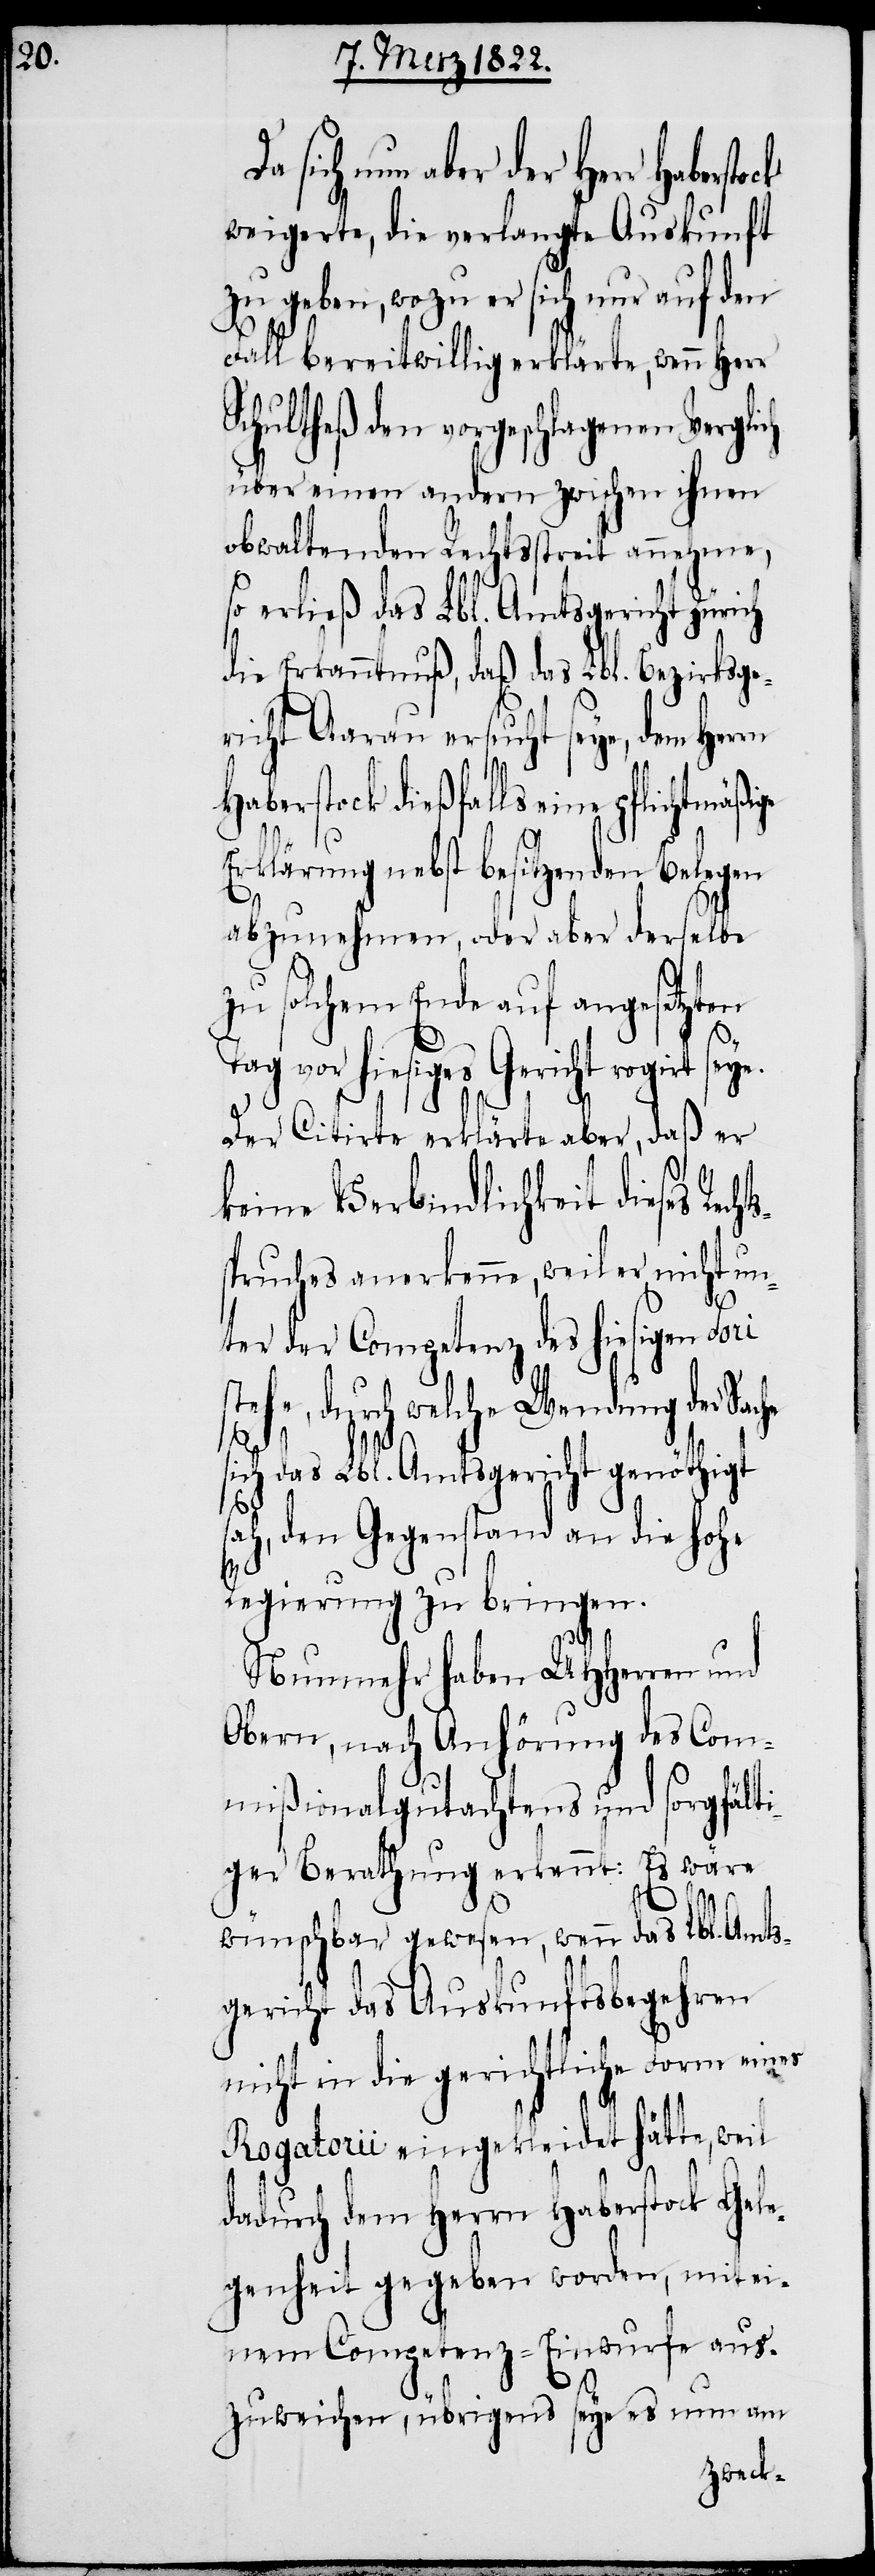
sich nun aber der Herr
weigerte, die verlangte Auskunft
zu geben, wozu er sich nur auf den
Fall bereitwillig erklärte, wenn Herr
Schultheß den vorgeschlagenen Vergli¬
über einen andern zwischen ihnen
obwaltenden Rechtsstreit annehme,
so erließ das Lbl. Amtsgericht Zürich
die Erkanntnuß, daß das Lbl. Bezirkge¬
richt Aarau ersucht seye, dem Her¬
Haberstock dießfalls eine
Erklärung nebst besitzenden Belegen
abzunehmen, oder aber derselbe
solchem Ende auf angesetzten
Tag vor hiesiges Gericht rogirt seye.
Der Citirte erklärte aber, daß er
keine Verbindlichkeit dieses Rech¬
spruches anerkenne, weil er nicht un¬
ter der Competenz des hiesigen Fori
stehe, durch welche Wendung der Sache
s¬
sich das Lbl. Amtsgericht genöthigt
sah, den Gegenstand an die hohe
Regierung zu bringen.
Nunmehr haben UHHerren und
Obern, nach Anhörung des Com¬
mißionalgutachtens und sorgfälti¬
ger Berathung erkennt: Es wäre
wünschbar gewesen, wenn das Lbl. Amts¬
gericht das Auskunftsbegehren
nicht in die gerichtliche Form einer
Rogatorii eingekleidet hätte, weil
dadurch dem Herrn Haberstock Gele¬
genheit gegeben worden, mit ei¬
nem Competenz-Einwurfe aus¬
zuweichen, übrigens seye es nun am